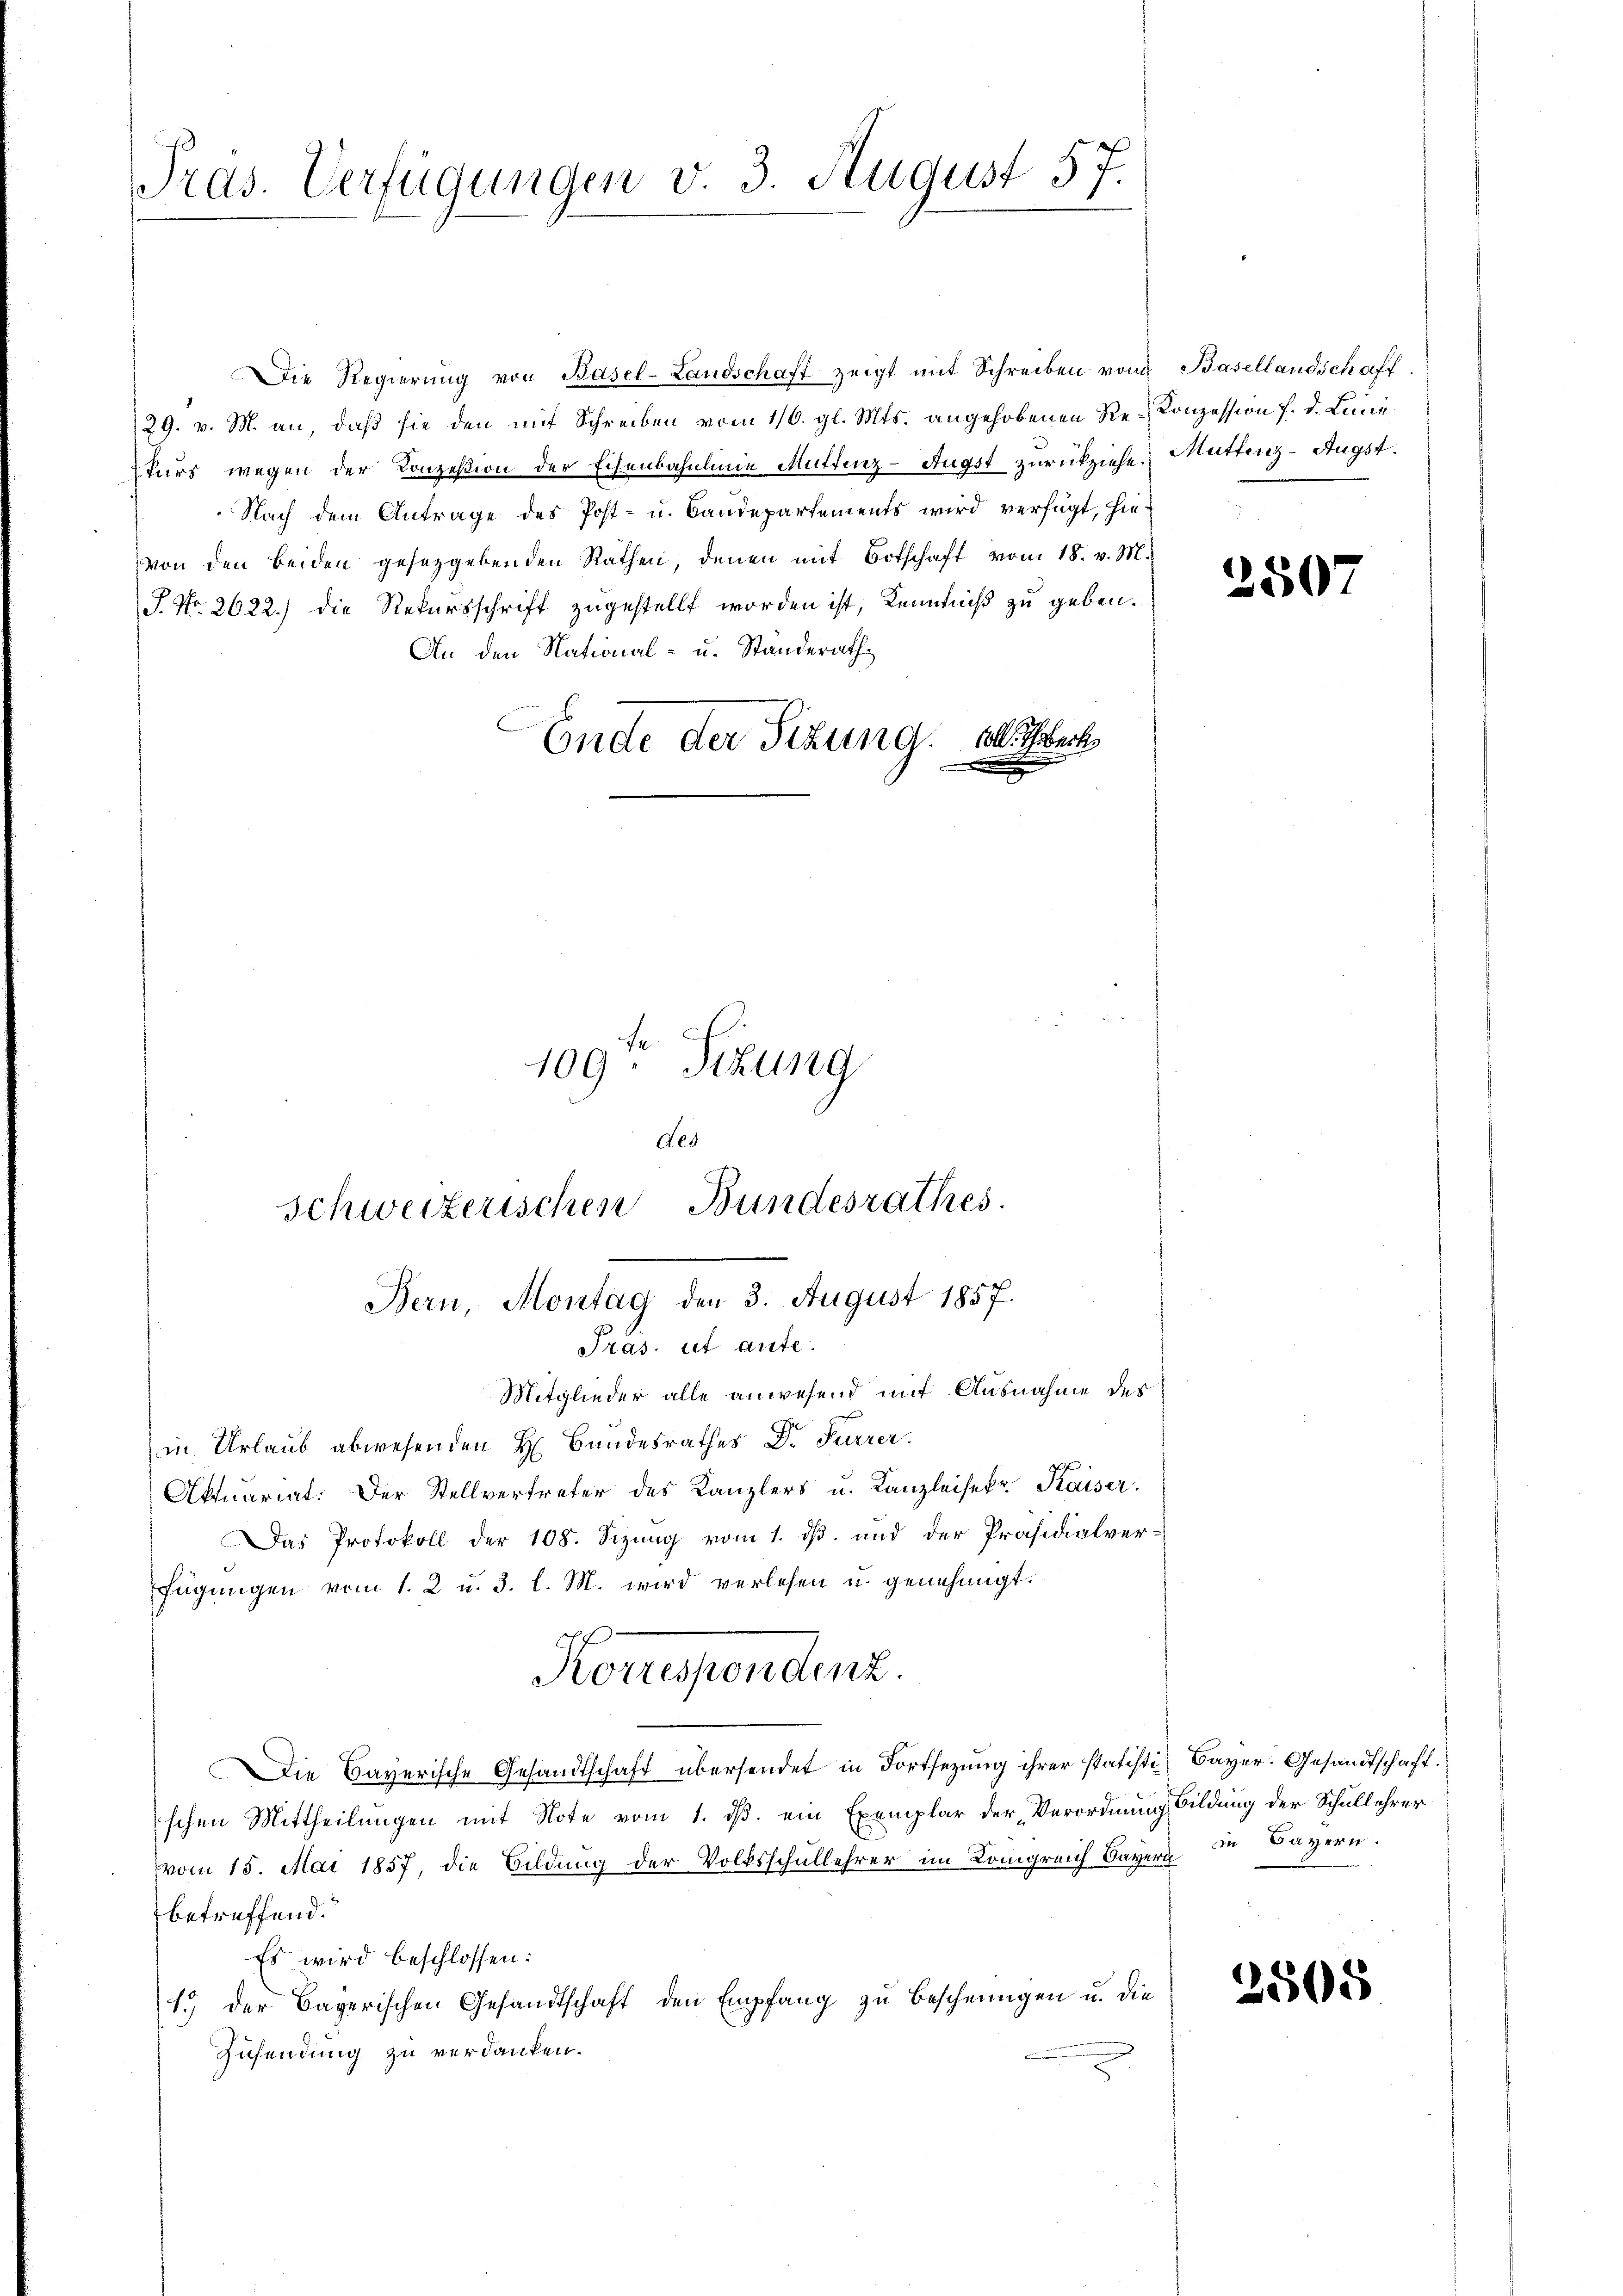
Pras. Verfügungen v. 3. August 57.

Die Regierung von Basel-Landschaft zeigt mit Schreiben vom
29. v. M. an, daβ sie den mit Schreiben vom 1/6. gl. Mts. angehobenen Re-Konzession f. d. Linie
kurs wegen der Konzesion der Eisenbahnlinie Muttenz-Augst zurückziehe.
Nach dem Antrage des Post- u. Baudepartements wird verfügt, hievon den beiden gesetzgebenden Rathen, denen mit Botschaft vom 18. v. M.
P. Nr. 2622.) Die Rekursschrift zugestellt worden ist, Kenntniß zu geben.
An den National- u. Standerath
Ende der Sitzung. Eberh
.
109. Sitzung

ded
Schweizerischen Bundesrathes.
Bern, Montag den 3. August 1857.
Pras. ut aute.

Konsendenz.

Basellandschaft.
Muttenz-Augst.

Mitglieder alle anwesend mit Ausnahme des
in Urlaub abwesenden H. Bandesrathes Dr. Furrer.
Aktuariat: Der Stellvertreter des Kanzlers u. Kanzleisekr. Kaiser.
Das Protokoll der 108. Sizung vom 1. ds. und der Präsidialver-
fügŭngen vom 1. 2 u. 3. l. M. wird verlesen u. genehmigt.
Die Bayerische Gesandtschaft übersendet in Fortsezung ihrer statisti Bayer. Gesandtschaft.
schen Mittheilungen mit Note vom 1. ds. ein Exemplar der Verordnung Bildung der Schullehrer
vom 15. Mai 1857, die Bildung der Volksschullehrer im Königreich Bayer in Bayern.
betreffend.
Es wird beschlossen:
1.) Der Bayerischen Gesandtschaft den Empfang zu Bescheinigen u. die
Zusendung zu verdanken.

2507

2505